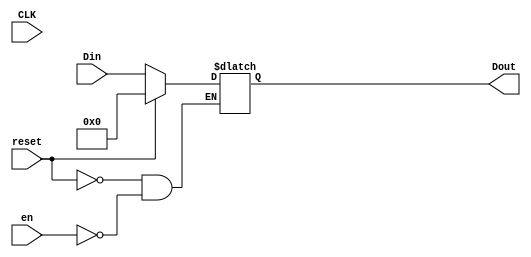
module register (Dout, Din, en, CLK, reset);

 input  		en, CLK, reset;
 input 		[31:0]Din;
 output reg [31:0]Dout;
	
	initial begin Dout[31:0] =32'b0; end
	
  always @(*) begin
    if (reset)
	  Dout[31:0] <= 0;
	else if (en)
	  Dout[31:0] <= Din[31:0];
	else
	  Dout[31:0] <= Dout[31:0];
	
  end
  
endmodule